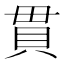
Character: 貫